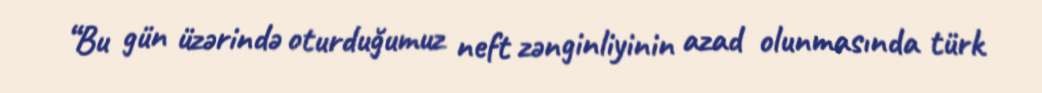
“Bu gün üzərində oturduğumuz neft zənginliyinin azad olunmasında türk